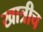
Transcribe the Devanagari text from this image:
खात्रीच